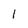
Character: l